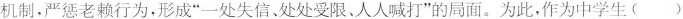
机制，严惩老赖行为，形成”一处失信、处处受限、人人喊打”的局面。为此，作为中学生()